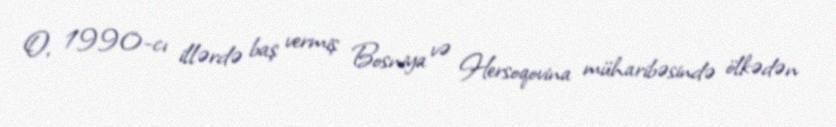
O, 1990-cı illərdə baş vermiş Bosniya və Hersoqovina müharibəsində ölkədən